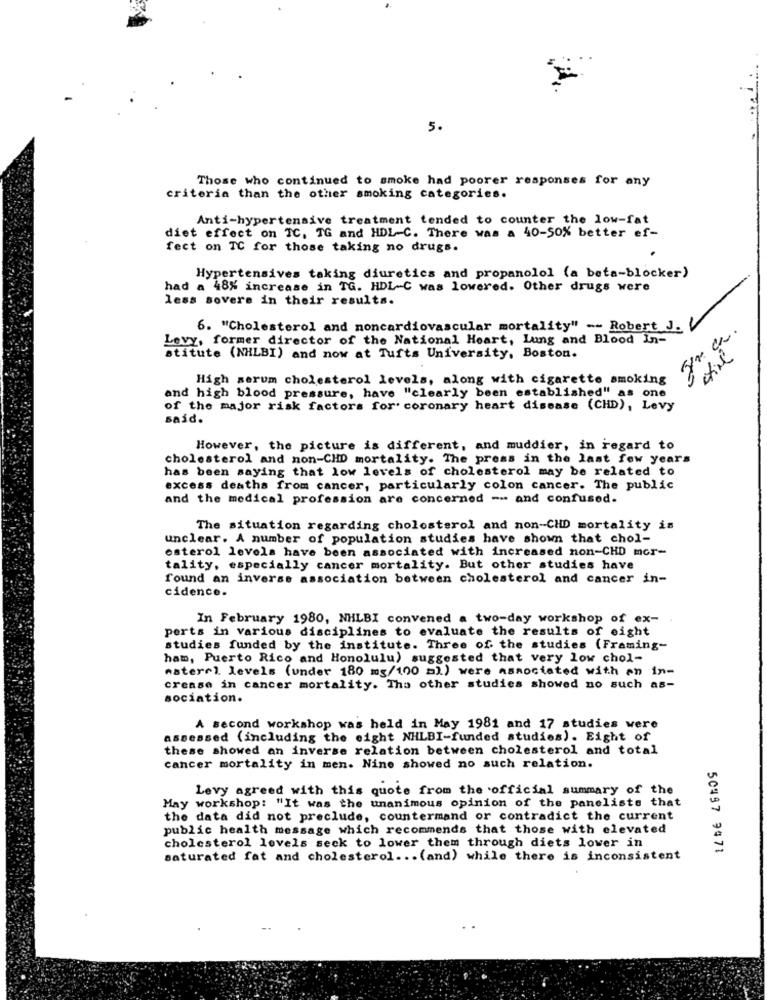
5.
Those who continued to smoke had poorer responses for any
criteria than the other smoking categories.
Anti-hypertensive treatment tended to counter the low-fat
diet effect on TC, TG and HDL-C. There was a 40-50% better ef-
fect on TC for those taking no drugs.
Hypertensives taking diuretics and propanolol (a beta-blocker)
had a 48% increase in TG. HDL-C was lowered. Other drugs were
less sovers in their results.
6. "Cholesterol and noncardiovascular mortality" -- Robert J.
Levy, former director of the National Heart, Lung and Blood In-
stitute (NHLBI) and now at Tufts University, Boston.
High serum cholesterol levels, along with cigarette smoking
and high blood pressure, have "clearly been established" as one
of the major risk factors for' coronary heart disease (CHD), Levy
said.
However, the picture is different, and muddier, in regard to
cholesterol and non-CHD mortality. The press in the last few years
has been saying that low levels of cholesterol may be related to
excess deatha from cancer, particularly colon cancer. The public
and the medical profession are concerned -- and confused.
The situation regarding cholesterol and non-CHD mortality is
unclear. A number of population studies have shown that chol-
esterol levels have been associated with increased non-CHD mor-
tality, especially cancer mortality. But other studies have
found an inverse association between cholesterol and cancer in-
cidence.
In February 1980, NHLBI convened a two-day workshop of ex-
perts in various disciplines to evaluate the results of eight
studies funded by the institute. Three of the studies (Framing-
ham, Puerto Rico and Honolulu) suggested that very low chol-
materel levels (under 180 mg/100 ml) were associated with an in-
crease in cancer mortality. Tha other studies showed no such as-
sociation.
A second workshop was held in May 1981 and 17 studies were
assessed (including the eight NHLBI-funded studies). Eight of
these showed an inverse relation between cholesterol and total
cancer mortality in men. Nine showed no such relation.
Levy agreed with this quote from the official summary of the
May workshop: "It was the unanimous opinion of the panelists that
the data did not preclude, countermand or contradict the current
public health message which recommends that those with elevated
cholesterol levels seck to lower them through diets lover in
50497 9471
saturated fat and cholesterol ... (and) while there is inconsistent